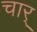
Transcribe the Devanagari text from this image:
चार्